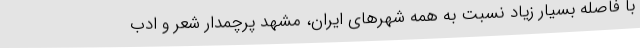
با فاصله بسیار زیاد نسبت به همه شهرهای ایران، مشهد پرچمدار شعر و ادب